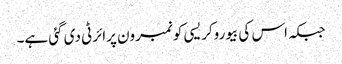
جبکہ اس کی بیوروکریسی کو نمبرون پرائرٹی دی گئی ہے۔